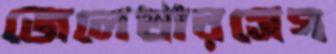
জেলেখারসেগ